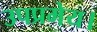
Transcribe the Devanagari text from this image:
उपप्रमेय।